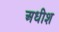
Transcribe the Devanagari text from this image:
अधीश